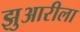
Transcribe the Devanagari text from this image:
झुआरीला